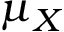
\mu _ { X }